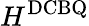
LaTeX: H^{\mathrm{DCBQ}}